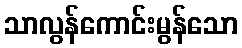
သာလွန်ကောင်းမွန်သော